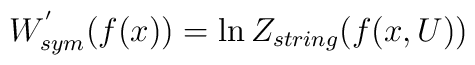
W^{'}_{sym}(f(x)) =\ln Z_{string}(f(x,U))